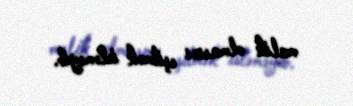
malik olmasını eşitmək istəməyib.